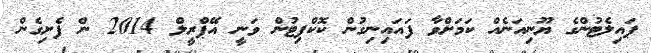
ޕައިލެޓުންގެ ޔޫނިއަނެއް ކަމަށްވާ ފައައިނިގުން ކޮކްޕިޓުން ވަނީ އޭޕްރީލް 2014 ން ފެށިގެން